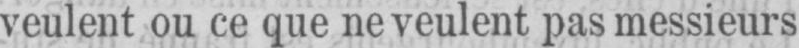
veulent ou ce que ne veulent pas messieurs